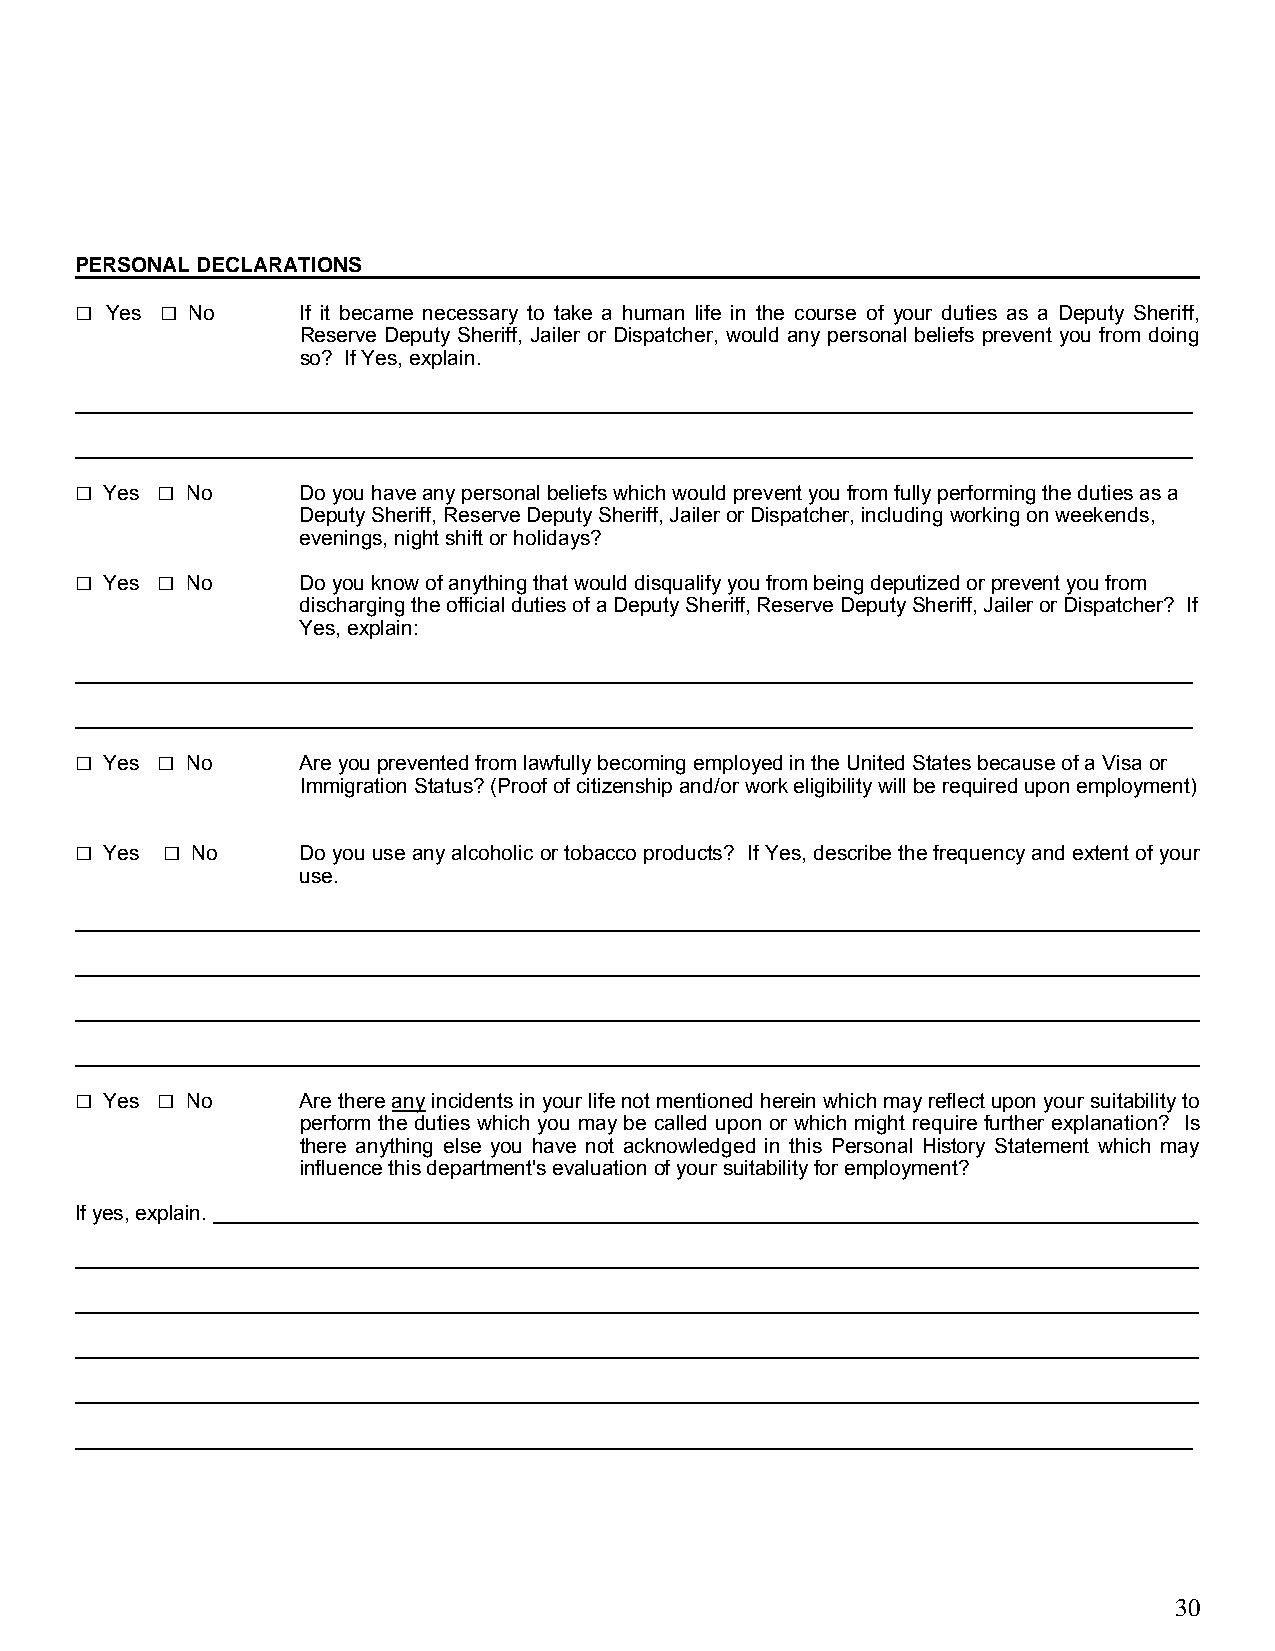
PERSONAL DECLARATIONS
 □     □
 Yes   No     If it became necessary to take a human life in the course of your duties as a Deputy Sheriff,
 Reserve Deputy Sheriff, Jailer or Dispatcher, would any personal beliefs prevent you from doing
 so? If Yes, explain.
 _
 _
 □    □
 Yes  No      Do you have any personal beliefs which would prevent you from fully performing the duties as a
 Deputy Sheriff, Reserve Deputy Sheriff, Jailer or Dispatcher, including working on weekends,
 evenings, night shift or holidays?
 □    □
 Yes  No      Do you know of anything that would disqualify you from being deputized or prevent you from
 discharging the official duties of a Deputy Sheriff, Reserve Deputy Sheriff, Jailer or Dispatcher? If
 Yes, explain:
 _
 _
 □    □
 Yes  No      Are you prevented from lawfully becoming employed in the United States because of a Visa or
 Immigration Status? (Proof of citizenship and/or work eligibility will be required upon employment)
 □     □
 Yes   No     Do you use any alcoholic or tobacco products? If Yes, describe the frequency and extent of your
 use.
 _________________________________________________________________________________________________
 _________________________________________________________________________________________________
 _________________________________________________________________________________________________
 _________________________________________________________________________________________________
 □    □
 Yes  No      Are there any incidents in your life not mentioned herein which may reflect upon your suitability to
 perform the duties which you may be called upon or which might require further explanation? Is
 there anything else you have not acknowledged in this Personal History Statement which may
 influence this department's evaluation of your suitability for employment?
 If yes, explain.                                                          _
 _
 _
 _
 _
 _
 30